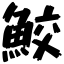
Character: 鮫